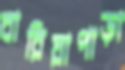
বারিয়াপাড়া